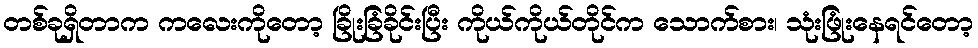
တစ်ခုရှိတာက ကလေးကိုတော့ ခြိုးခြံခိုင်းပြီး ကိုယ်ကိုယ်တိုင်က သောက်စား၊ သုံးဖြုံးနေရင်တော့